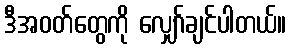
ဒီအဝတ်တွေကို လျှော်ချင်ပါတယ်။